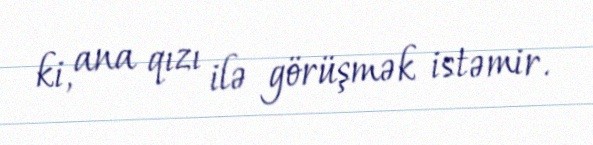
ki, ana qızı ilə görüşmək istəmir.